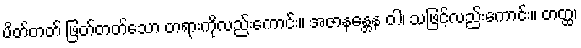
ပိတ်တတ် ဖြတ်တတ်သော တရားကိုလည်းကောင်း။ အဇာနန္တေန ဝါ၊ သဖြင့်လည်းကောင်း။ တတ္ထ၊